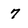
Character: 7